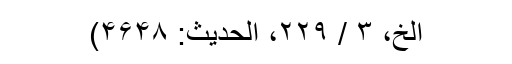
الخ، ۳ / ۲۲۹، الحدیث: ۴۶۴۸)